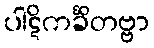
ပါဋိကင်္ခိတဗ္ဗာ